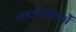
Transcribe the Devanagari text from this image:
गातविधियों